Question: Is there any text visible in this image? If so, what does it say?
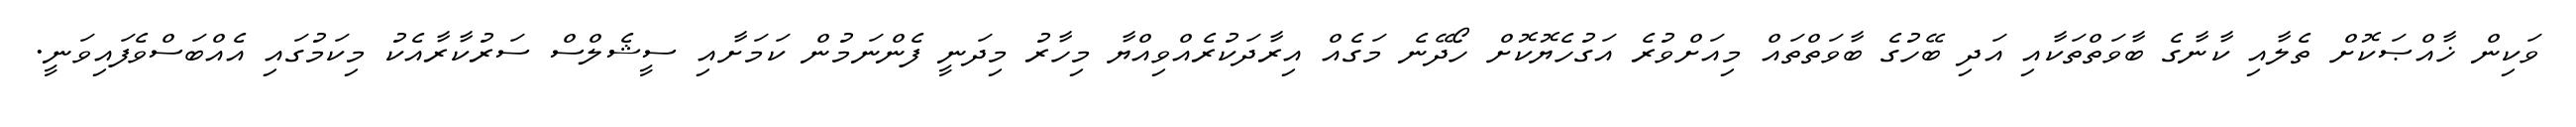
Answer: ވަކިން ޚާއްޞަކޮށް ތެލާއި ކާނާގެ ބާވަތްތަކާއި އަދި ބޭހުގެ ބާވަތްތައް މިއަށްވުރެ އަގުހެޔޮކޮށް ހޯދޭނެ މަގެއް އިރާދަކުރެއްވިއްޔާ މިހާރު މިދަނީ ފެންނަމުން ކަމަށާއި ސީޝެލްސް ސަރުކާރާއެކު މިކަމުގައި އެއްބަސްވެފައިވަނީ.